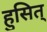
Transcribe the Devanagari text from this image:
हुसित्